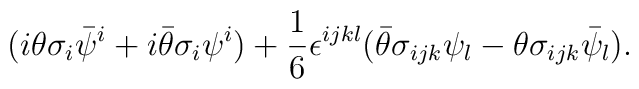
(i\theta\sigma_i\bar{\psi}^i+i\bar{\theta}\sigma_i\psi^i)  +\frac{1}{6}\epsilon^{ijkl}(\bar{\theta}\sigma_{ijk}\psi_l   -\theta\sigma_{ijk}\bar{\psi}_l).